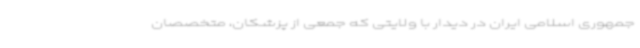
جمهوری اسلامی ایران در دیدار با ولایتی که جمعی از پزشکان، متخصصان